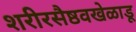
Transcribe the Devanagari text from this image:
शरीरसैष्ठवखेळाडू